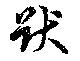
猷